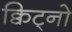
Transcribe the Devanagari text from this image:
क्विट्नो